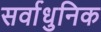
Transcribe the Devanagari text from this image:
सर्वाधुनिक